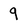
Character: 9